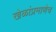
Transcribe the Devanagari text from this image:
खेळांप्रमाणेच